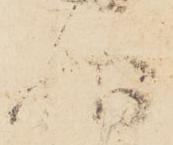
状